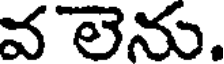
వ లెను.